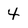
Character: 4